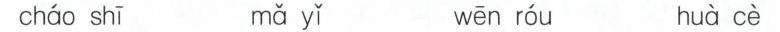
cháo shī mǎ yǐ wēn róu huà cè